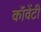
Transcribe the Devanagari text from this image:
कॉवेंटी